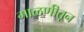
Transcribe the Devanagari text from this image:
गाळणीतून